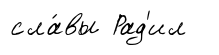
сла́вы Рад'ил